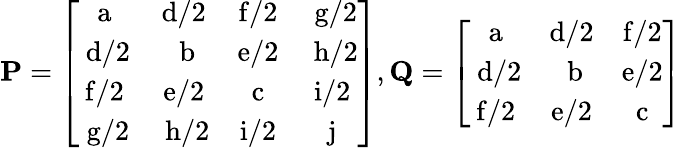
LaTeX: \mathbf{P}=\left[\begin{array}{cccc}{\mathrm{a}}&{\mathrm{d}/2}&{\mathrm{f}/2}&{\mathrm{~g}/2}\\ {\mathrm{~d}/2}&{\mathrm{~b}}&{\mathrm{e}/2}&{\mathrm{~h}/2}\\ {\mathrm{f}/2}&{\mathrm{e}/2}&{\mathrm{c}}&{\mathrm{i}/2}\\ {\mathrm{~g}/2}&{\mathrm{~h}/2}&{\mathrm{i}/2}&{\mathrm{j}}\end{array}\right],\mathbf{Q}=\left[\begin{array}{ccc}{\mathrm{a}}&{\mathrm{d}/2}&{\mathrm{f}/2}\\ {\mathrm{~d}/2}&{\mathrm{~b}}&{\mathrm{e}/2}\\ {\mathrm{f}/2}&{\mathrm{e}/2}&{\mathrm{c}}\end{array}\right]